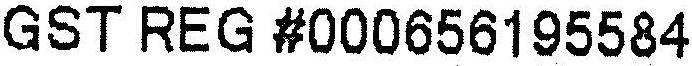
GST REG #000656195584